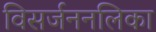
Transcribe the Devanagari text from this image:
विसर्जननलिका